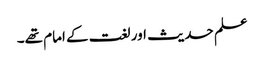
علم حدیث اور لغت کے امام تھے۔